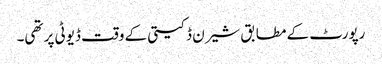
رپورٹ کے مطابق شیرن ڈکیتی کے وقت ڈیوٹی پر تھی۔